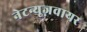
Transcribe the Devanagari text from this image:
नेटन्यूज़वायर